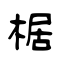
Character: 椐